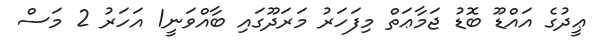
ޢީދުގެ އައްޑޫ ބޮޑު ޖަމާާޢަތް މިފަހަރު މަރަދޫގައި ބާއްވަނީ1 އަހަރު 2 މަސް